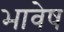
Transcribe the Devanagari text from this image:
भावेष